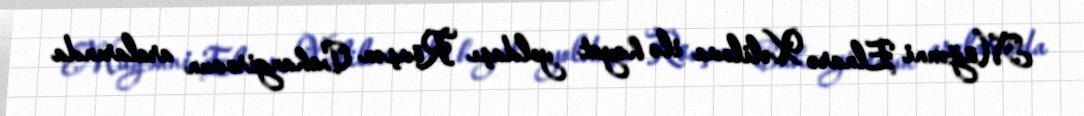
Müğənni Elnarə Xəlilova ilə həyat yoldaşı Rövşən Cahangirovun aralarında